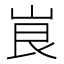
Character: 峎